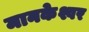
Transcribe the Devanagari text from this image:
मानकेश्वर